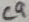
Text: C9